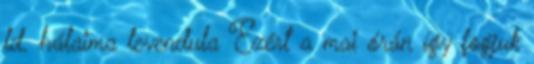
ld. hálaima levendula Ezért a mai órán így fogjuk